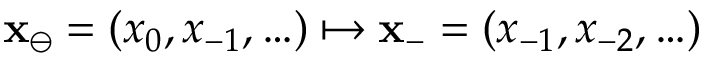
\mathbf { x } _ { \ominus } = ( x _ { 0 } , x _ { - 1 } , \ldots ) \mapsto \mathbf { x } _ { - } = ( x _ { - 1 } , x _ { - 2 } , \ldots )